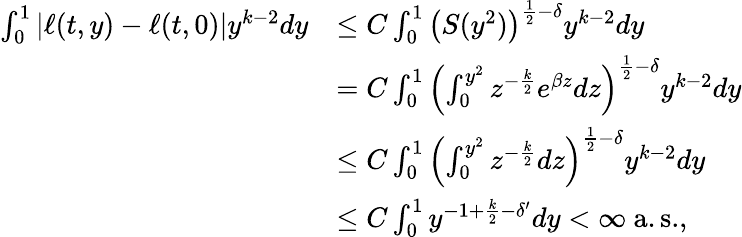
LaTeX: \begin{array}{rl}{\int_{0}^{1}\left|\ell(t,y)-\ell(t,0)\right|y^{k-2}dy}&{\le C\int_{0}^{1}\left(S(y^{2})\right)^{\frac{1}{2}-\delta}y^{k-2}dy}\\ &{=C\int_{0}^{1}\left(\int_{0}^{y^{2}}z^{-\frac{k}{2}}e^{\beta z}dz\right)^{\frac{1}{2}-\delta}y^{k-2}dy}\\ &{\le C\int_{0}^{1}\left(\int_{0}^{y^{2}}z^{-\frac{k}{2}}dz\right)^{\frac{1}{2}-\delta}y^{k-2}dy}\\ &{\le C\int_{0}^{1}y^{-1+\frac{k}{2}-\delta^{\prime}}dy<\infty\ \mathrm{a.s.},}\end{array}